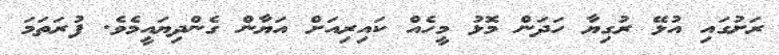
ރަށުގައި އުޅޭ ރުގިޔާ ހަދަން މޮޅު މީހެއް ކައިރިއަށް އަޔާން ގެންދިޔައީމެވެ. ފުރަތަމަ